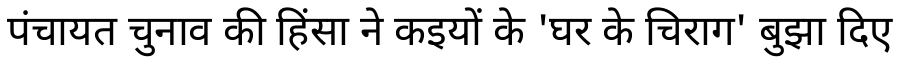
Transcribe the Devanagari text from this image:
पंचायत चुनाव की हिंसा ने कइयों के 'घर के चिराग' बुझा दिए